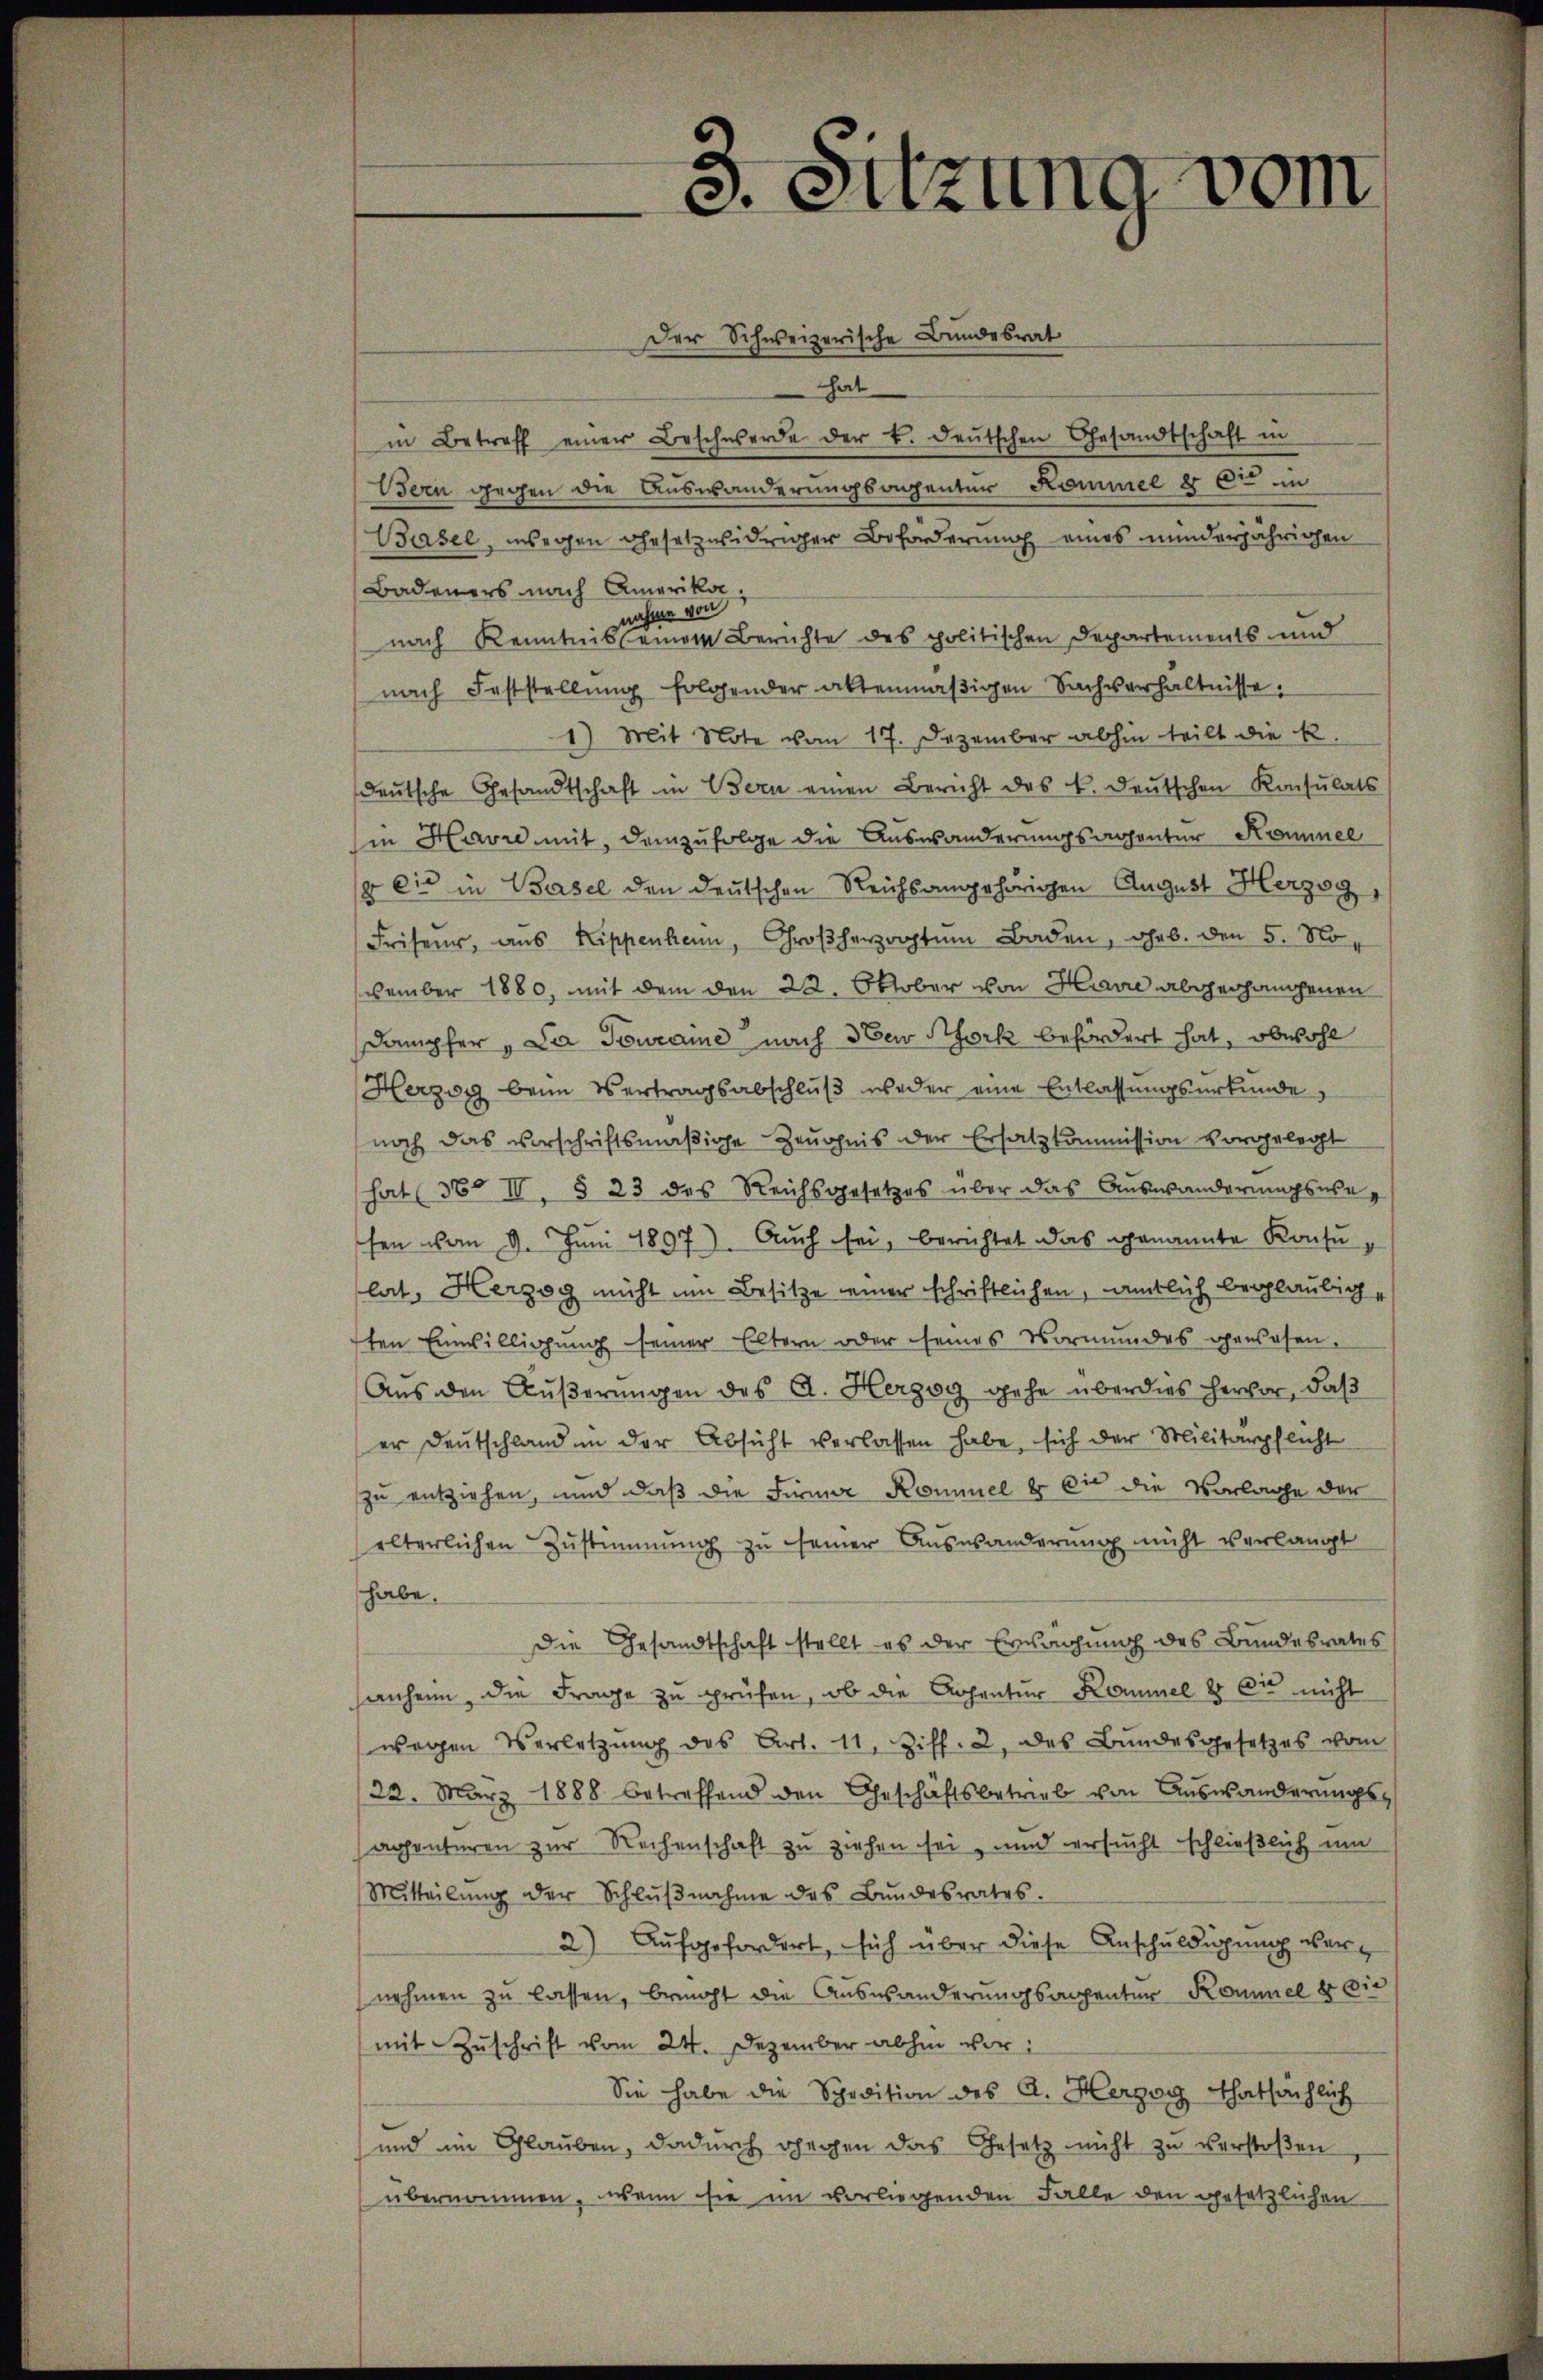
3. Sitzung vom

hat
in Betreff einer Beschwerde der v. deutschen Gesandtschaft in
Bern gegen die Auswanderungsagentur Kommel 8 et in
Basel, wegen gesetzwidriger Beförderung eines minderjährigen
Badeners nach Amerika,
nach Kenntnisse einen Berichte des politischen Departements und
nach Feststellung folgender altenmäßigen Sachverhältnisse.
1) Mit Note vom 17. Dezember abhin teilt die k.
deŭtsche Gesandtschaft in Bern einen Bericht des k. deŭtschen Konsulats
in Havre mit, demzufolge die Auswanderungsachenter Kammel
& Cie in Basel den deutschen Reichsangehörigen August Herzog
Friseur, aus Rippenkam, Großherzogtŭm Baden, ohrb. den 5. November 1880, mit dem den 22. Oktober von Havre abgegangenen
Dampfer "Da Toweaine nach den Bork befördert hat, obwohl
Herzog beim Vertragsabschlŭβ weder eine Entlassungsurkunde
noch das vorschriftsmäßige Zeugnis der Ersatzkommission vorgelegt
hat (36 II, § 23 des Reichsgesetzes über das Auswanderungswesen vom 9. Juni 1897). Auch sei, berichtet das genannte Konsulat, Herzog nicht um Besitze einer schriftlichen, amtlich beglaubig
ten Einwilligung seiner Eltern oder seines Vormundes gewesen.
Aus den Äußerungen des A. Herzog gehe überdies hervor, daß
er Deutschland in der Absicht verlassen habe, sich der Militärpflicht
zu entziehen, und daß die Für Kommel er die die Vorlage der
elterlichen Zustimmung zu seiner Auswanderung nicht verlangt
habe.
Die Gesandtschaft stellt es der Erwachung des Bundesrates
anheim, die Frage zu prüfen, ob die Achentur Kommel 8 die nicht
wegen Verletzŭng des Art. 11, Ziff. 2, das Bundesgesetzes vom
/22. März 1888 betreffend den Geschäftsbetrieb von Auswanderungsaphenteren zur Rechenschaft zu ziehen sei, und versucht schließlich um
Mitteilŭng der Schlŭβnahme des Bŭndesrates.
2) Aufgefordert, sich über diese Anschuldigung vernehmen zu lassen, bricht die Auswanderungsanzenter Kommel er die
mit Zŭschrift vom 24. Dezember abhin vor:
Sie habe die Spedition des A. Herzog thatsächlich
und im Glauben, dadurch gegen das Gesetz nicht zu verstoßen
übernommen, wenn sie im vorliegenden Falle den gesetzlichen

Der Schweizerische Bundesrat